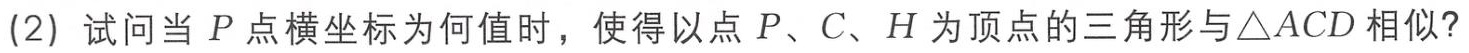
(2) 试问当 \(P\) 点横坐标为何值时，使得以点 \(P\)、\(C\)、\(H\) 为顶点的三角形与\(\triangle ACD\) 相似？